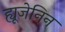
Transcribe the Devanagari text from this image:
ह्यूजेनिन